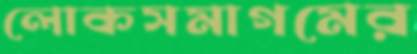
লোকসমাগমের